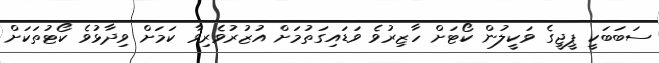
ސަބަބަކީ ޕީޖީގެ ވަކީލުން ކޯޓަށް ހާޒިރުވެ ވަޑައިގަތުމަށް އުޒުރުވެރިވާ ކަމަށް ވިދާޅުވެ ކޯޓުތަކަށް